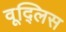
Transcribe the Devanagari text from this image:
वूद्लिस